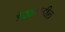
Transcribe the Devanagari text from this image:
डेखाकडील